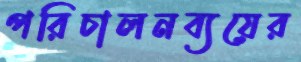
পরিচালনব্যয়ের